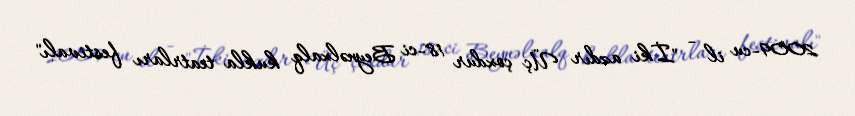
2009-cu il - "İki azdır Üç çoxdur 18-ci Beynəlxalq kukla teatrları festivalı"